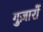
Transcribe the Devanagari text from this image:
गुज़ारों